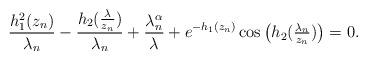
LaTeX: \begin{align*} \frac{h^2_1 (z_n)}{\lambda_n} - \frac{h_2(\tfrac{\lambda}{z_n})}{\lambda_n} + \frac{\lambda_n^\alpha}{\lambda} + e^{-h_1 (z_n)} \cos \big(h_2 (\tfrac{\lambda_n}{z_n}) \big) = 0. \end{align*}